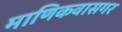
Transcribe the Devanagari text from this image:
माणिकवासगर